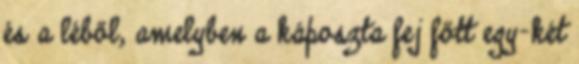
és a léből, amelyben a káposzta fej főtt egy-két